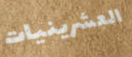
العشرينيات